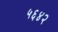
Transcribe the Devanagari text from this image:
५६४२